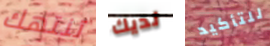
تنتهك لديك للتأكيد